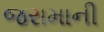
જરામાની